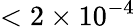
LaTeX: <2\times 10^{-4}